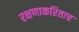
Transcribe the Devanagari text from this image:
रक्षणाकरिताच